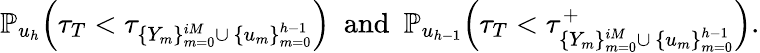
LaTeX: \mathbb{P}_{u_{h}}\! \left(\tau_{T}<\tau_{\{ Y_{m}\} _{m=0}^{iM}\cup\ \{ u_{m}\} _{m=0}^{h-1}}\right)\ \ \mathrm{and}\ \ \mathbb{P}_{u_{h-1}}\! \left(\tau_{T}<\tau_{\{ Y_{m}\} _{m=0}^{iM}\cup\ \{ u_{m}\} _{m=0}^{h-1}}^{+}\right).